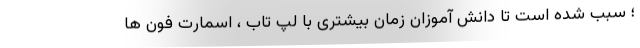
؛ سبب شده است تا دانش آموزان زمان بیشتری با لپ تاب ، اسمارت فون ها